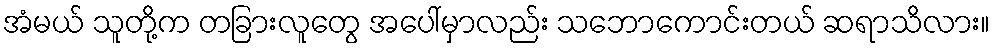
အံမယ် သူတို့က တခြားလူတွေ အပေါ်မှာလည်း သဘောကောင်းတယ် ဆရာသိလား။